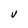
Character: v